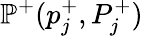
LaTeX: \mathbb{P}^{+}(p_{j}^{+},P_{j}^{+})